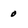
Character: 0